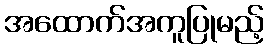
အထောက်အကူပြုမည့်